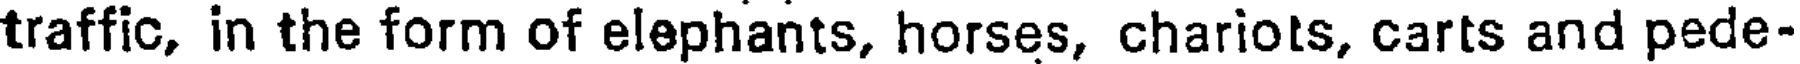
traffic, in the form of elephants, horses, chariots, carts and pede-